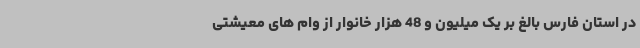
در استان فارس بالغ بر یک میلیون و 48 هزار خانوار از وام های معیشتی